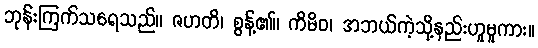
ဘုန်းကြက်သရေသည်။ ဇဟတိ၊ စွန့်၏။ ကိမိဝ၊ အဘယ်ကဲ့သို့နည်းဟူမူကား။